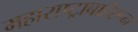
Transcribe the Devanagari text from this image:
महाराष्ट्राबाहेरून